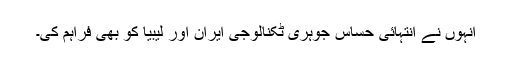
اُنہوں نے انتہائی حساس جوہری ٹکنالوجی ایران اور لیبیا کو بھی فراہم کی۔